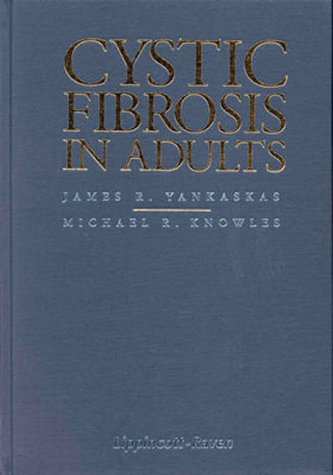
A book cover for Cystic Fibrosis in Adults; James R. Yankaskas; Health, Fitness & Dieting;